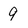
Character: 9